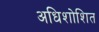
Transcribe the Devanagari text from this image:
अधिशोशित